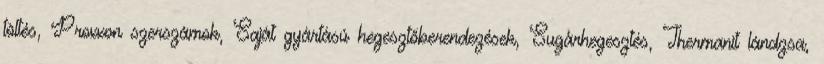
töltés, Proxxon szerszámok, Saját gyártású hegesztőberendezések, Sugárhegesztés, Thermanit lándzsa,